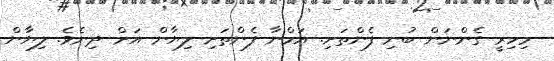
މިހިރީ ގެންނަން ބުނި ފެންތަށި. އަމްނާ ފެންތަށި ލިޔާން އަށް ދިނެވެ. ލިޔާން